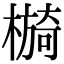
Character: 𣚂